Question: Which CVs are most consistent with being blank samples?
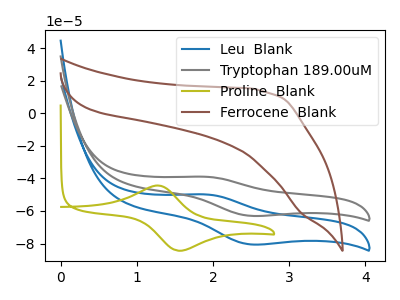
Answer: <think>The blue curve "Leu  Blank" has an anodic peak at (1.90V, -49.90uA) and a cathodic peak at (2.50V, -80.55uA). The gray curve "Tryptophan 189.00uM" has an anodic peak at (1.90V, -39.05uA) and a cathodic peak at (2.50V, -63.05uA). The olive curve "Proline  Blank" has an anodic peak at (1.25V, -44.40uA) and a cathodic peak at (1.55V, -84.40uA). The brown curve "Ferrocene  Blank" has no peaks.</think>
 <answer>"Ferrocene  Blank" is likely to be a blank.</answer>
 <eval>Ferrocene  Blank</eval>